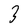
Character: 3